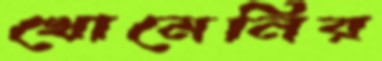
খোমেনির